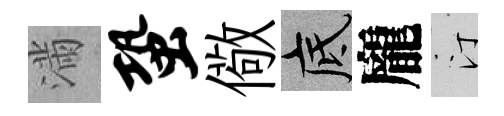
滿蛩儆底龐汀